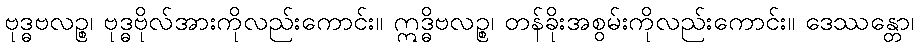
ဗုဒ္ဓဗလဉ္စ၊ ဗုဒ္ဓဗိုလ်အားကိုလည်းကောင်း။ ဣဒ္ဓိဗလဉ္စ၊ တန်ခိုးအစွမ်းကိုလည်းကောင်း။ ဒေဿန္တော၊